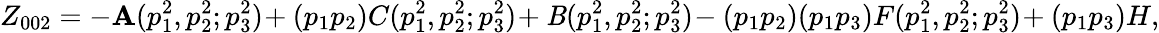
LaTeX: Z_{002}=-\mathbf{A}(p_{1}^{2},p_{2}^{2};p_{3}^{2})\! +(p_{1}p_{2})C(p_{1}^{2},p_{2}^{2};p_{3}^{2})\! +\mathit{B}(p_{1}^{2},p_{2}^{2};p_{3}^{2})\! -(p_{1}p_{2})(p_{1}p_{3})F(p_{1}^{2},p_{2}^{2};p_{3}^{2})\! +(p_{1}p_{3})H,